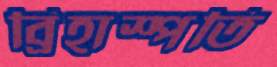
ব্রিহাস্পতি